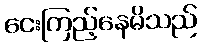
ငေးကြည့်နေမိသည်